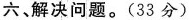
六、解决问题。(33分)